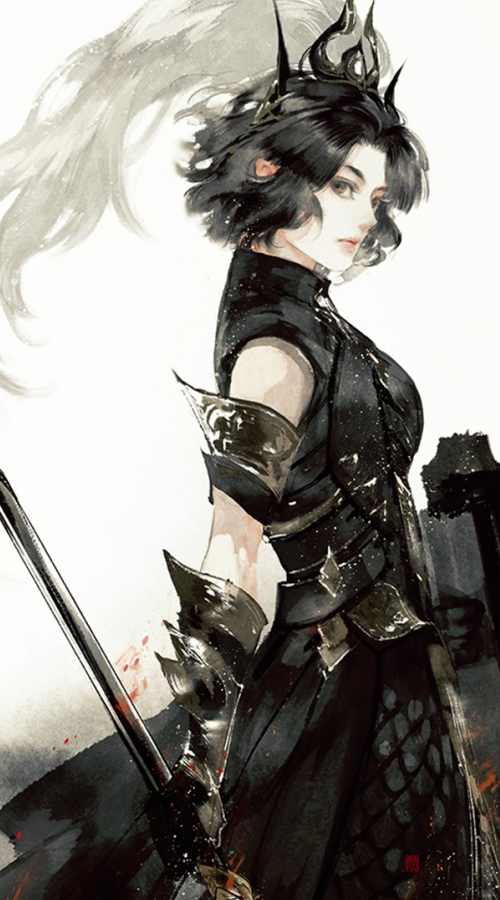
半天凉月色，一笛酒人心。